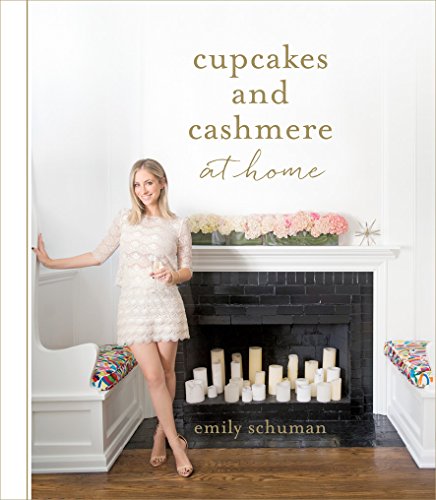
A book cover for Cupcakes and Cashmere at Home; Emily Schuman; Cookbooks, Food & Wine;